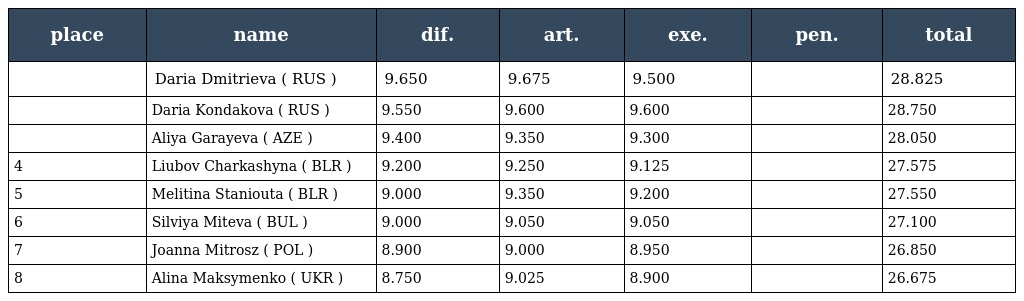
| place | name | dif. | art. | exe. | pen. | total |
 | --- | --- | --- | --- | --- | --- | --- |
 |  | Daria Dmitrieva ( RUS ) | 9.650 | 9.675 | 9.500 |  | 28.825 |
 |  | Daria Kondakova ( RUS ) | 9.550 | 9.600 | 9.600 |  | 28.750 |
 |  | Aliya Garayeva ( AZE ) | 9.400 | 9.350 | 9.300 |  | 28.050 |
 | 4 | Liubov Charkashyna ( BLR ) | 9.200 | 9.250 | 9.125 |  | 27.575 |
 | 5 | Melitina Staniouta ( BLR ) | 9.000 | 9.350 | 9.200 |  | 27.550 |
 | 6 | Silviya Miteva ( BUL ) | 9.000 | 9.050 | 9.050 |  | 27.100 |
 | 7 | Joanna Mitrosz ( POL ) | 8.900 | 9.000 | 8.950 |  | 26.850 |
 | 8 | Alina Maksymenko ( UKR ) | 8.750 | 9.025 | 8.900 |  | 26.675 |